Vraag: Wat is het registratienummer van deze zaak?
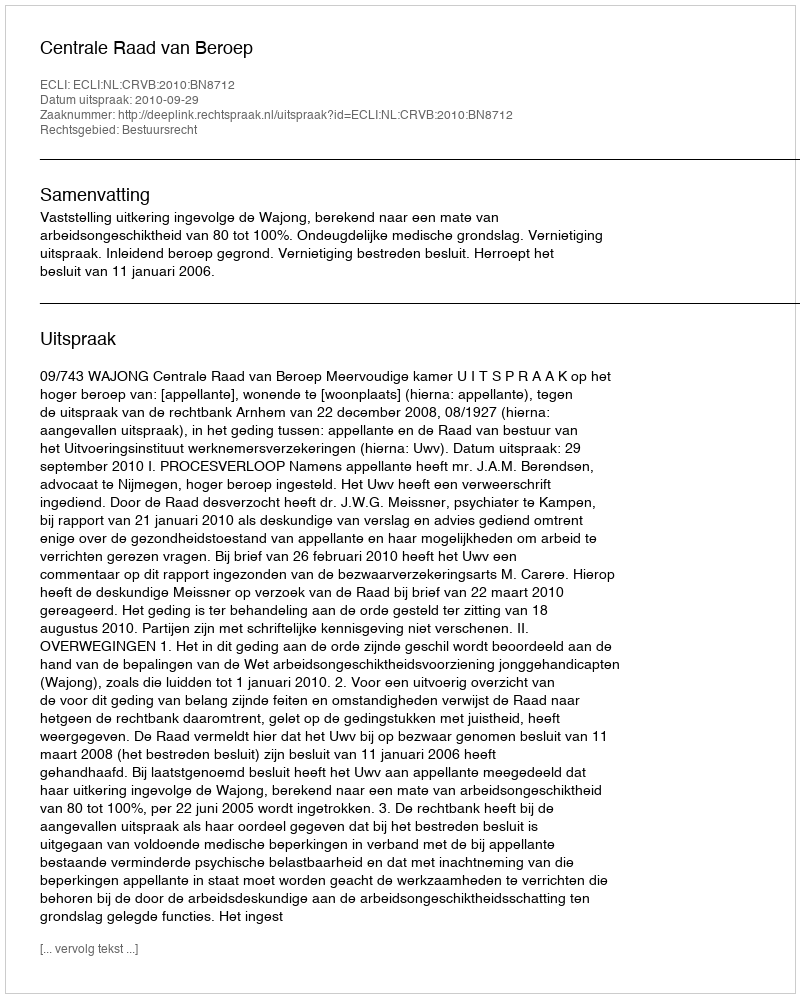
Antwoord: http://deeplink.rechtspraak.nl/uitspraak?id=ECLI:NL:CRVB:2010:BN8712